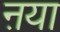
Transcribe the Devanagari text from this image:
ऩया